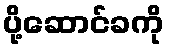
ပို့ဆောင်ခကို